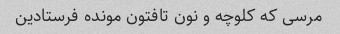
مرسی که کلوچه و نون تافتون مونده فرستادین